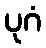
ပုဂံ